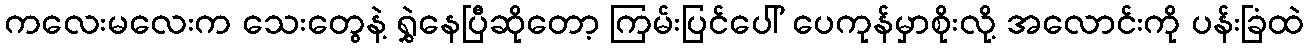
ကလေးမလေးက သေးတွေနဲ့ ရွှဲနေပြီဆိုတော့ ကြမ်းပြင်ပေါ် ပေကုန်မှာစိုးလို့ အလောင်းကို ပန်းခြံထဲ